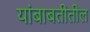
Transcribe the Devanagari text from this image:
यांबाबतीतील